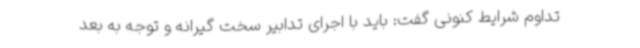
تداوم شرایط کنونی گفت: باید با اجرای تدابیر سخت گیرانه و توجه به بعد